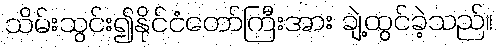
သိမ်းသွင်း၍နိုင်ငံတော်ကြီးအား ချဲ့ထွင်ခဲ့သည်။